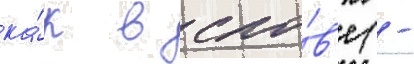
ка́к в сло́в'е (-